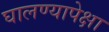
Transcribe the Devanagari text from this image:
घालण्यापेक्षा